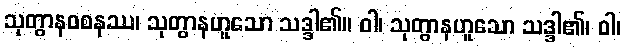
သုတွာနဝစနဿ၊ သုတွာနဟူသော သဒ္ဒါ၏။ ဝါ၊ သုတွာနဟူသော သဒ္ဒါ၏၊ ဝါ၊